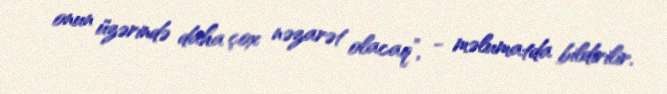
onun üzərində daha çox nəzarət olacaq”, - məlumatda bildirilir.